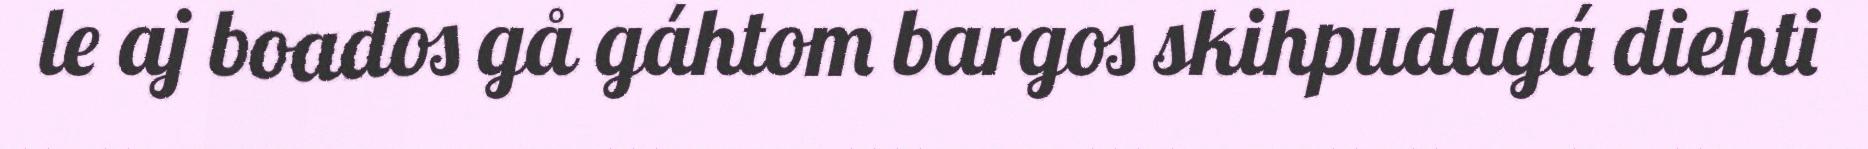
le aj boados gå gáhtom bargos skihpudagá diehti